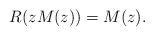
LaTeX: \begin{align*}R(zM(z))=M(z).\end{align*}